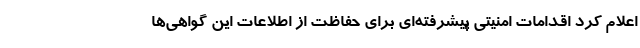
اعلام کرد اقدامات امنیتی پیشرفته‌ای برای حفاظت از اطلاعات این گواهی‌ها